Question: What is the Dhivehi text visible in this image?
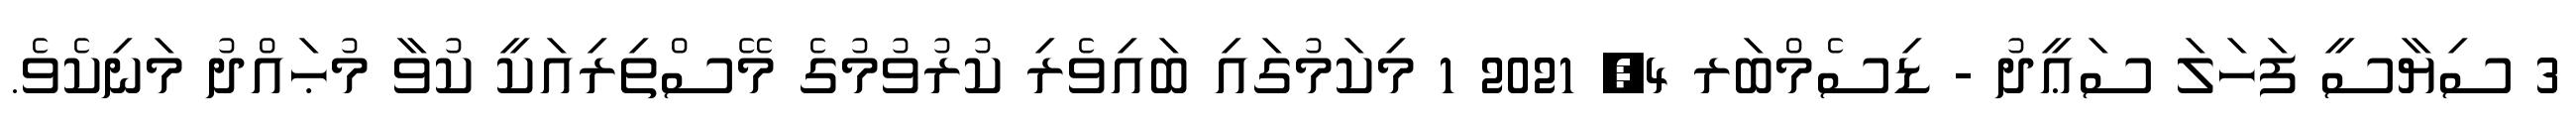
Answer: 3 ސިޔާސީ ފަހަލަ ސަޢީދު - ޑިސެމްބަރ 4, 2021 1 މިކަމުގައި ބައިވެރި ކުރުވުމުގެ މޭސްތިރިއަކީ ކުވާ މުޙައްދު މަނިކެވެ.